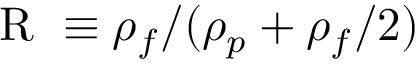
\textrm { R } \equiv \rho _ { f } / ( \rho _ { p } + \rho _ { f } / 2 )